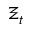
\Xi _ { t }